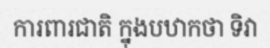
ការពារជាតិ ក្នុងបឋាកថា ទិវា